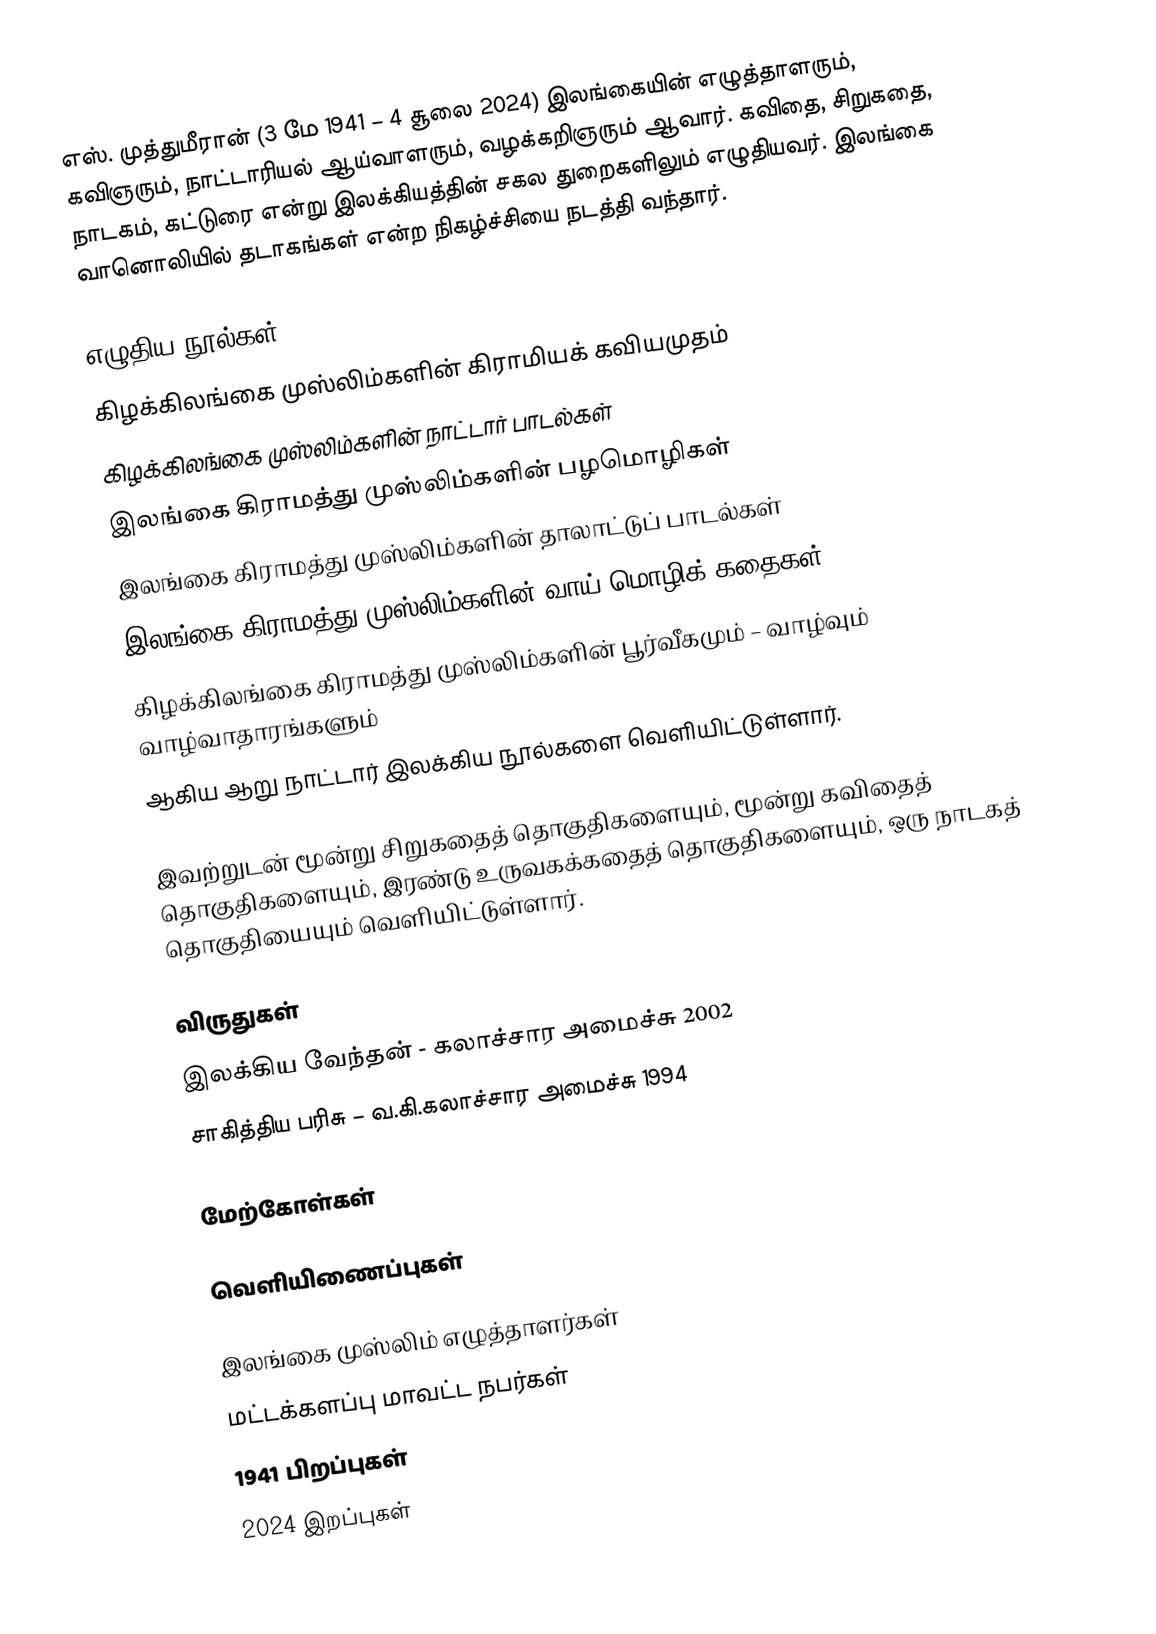
எஸ். முத்துமீரான் (3 மே 1941 – 4 சூலை 2024) இலங்கையின் எழுத்தாளரும், கவிஞரும், நாட்டாரியல் ஆய்வாளரும், வழக்கறிஞரும் ஆவார். கவிதை, சிறுகதை, நாடகம், கட்டுரை என்று இலக்கியத்தின் சகல துறைகளிலும் எழுதியவர். இலங்கை வானொலியில் தடாகங்கள் என்ற நிகழ்ச்சியை நடத்தி வந்தார்.

எழுதிய நூல்கள்
 கிழக்கிலங்கை முஸ்லிம்களின் கிராமியக் கவியமுதம்
 கிழக்கிலங்கை முஸ்லிம்களின் நாட்டார் பாடல்கள்
 இலங்கை கிராமத்து முஸ்லிம்களின் பழமொழிகள்
 இலங்கை கிராமத்து முஸ்லிம்களின் தாலாட்டுப் பாடல்கள்
 இலங்கை கிராமத்து முஸ்லிம்களின் வாய் மொழிக் கதைகள்
 கிழக்கிலங்கை கிராமத்து முஸ்லிம்களின் பூர்வீகமும் – வாழ்வும் வாழ்வாதாரங்களும்
ஆகிய ஆறு நாட்டார் இலக்கிய நூல்களை வெளியிட்டுள்ளார்.

இவற்றுடன் மூன்று சிறுகதைத் தொகுதிகளையும், மூன்று கவிதைத் தொகுதிகளையும், இரண்டு உருவகக்கதைத் தொகுதிகளையும், ஒரு நாடகத் தொகுதியையும் வெளியிட்டுள்ளார்.

விருதுகள்
இலக்கிய வேந்தன் - கலாச்சார அமைச்சு 2002
சாகித்திய பரிசு – வ.கி.கலாச்சார அமைச்சு 1994

மேற்கோள்கள்

வெளியிணைப்புகள்

இலங்கை முஸ்லிம் எழுத்தாளர்கள்
மட்டக்களப்பு மாவட்ட நபர்கள்
1941 பிறப்புகள்
2024 இறப்புகள்